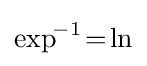
\exp ^{\!-1}\!=\!\ln